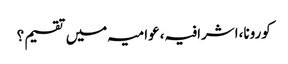
کورونا،اشرافیہ،عوامیہ میں تقسیم؟